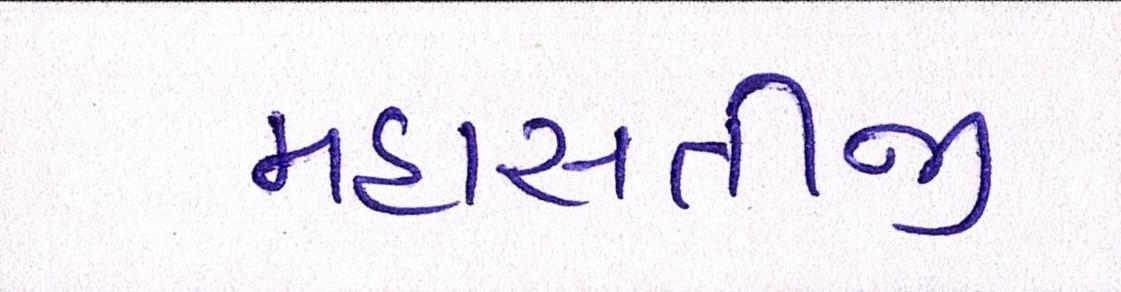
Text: મહાસતીજી